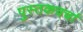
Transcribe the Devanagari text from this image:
पुस्तकचर्चा